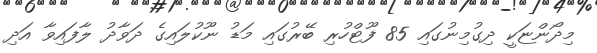
މިދޯންޏަކީ ދިގުމިނުގައި 85 ފޫޓްހުރި ބޭރުގައި މަޑު ނޫކުލައިގެ ދަވާދު ލާފައިވާ އަދި